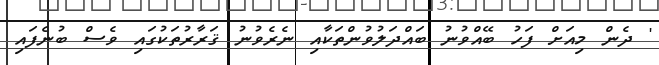
' ދެން މިއަށް ފަހު ބޭއްވުނު ބައްދަލުވުންތަކާއި ނެރެވުނު ޤަރާރުތަކުގައި ވެސް ބުނެފައި